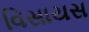
વિસાયસ